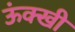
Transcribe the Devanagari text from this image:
ऊंक्खी